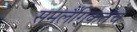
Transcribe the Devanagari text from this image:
समलैंगिकतेचे